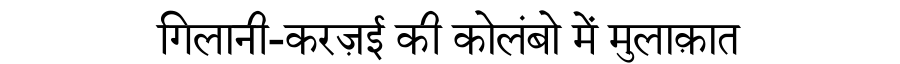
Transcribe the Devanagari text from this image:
गिलानी-करज़ई की कोलंबो में मुलाक़ात